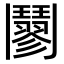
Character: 䰘